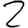
Digit: 2